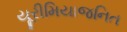
યૂરીમિયાજનિત